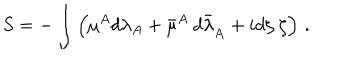
S = - \int \left( { \mu } { } ^ { A } d \lambda _ { A } + \bar { \mu } { } ^ { \dot { A } } \, d { \bar { \lambda } } _ { \dot { A } } + i d { \zeta } ~ { \zeta } \right) \, .